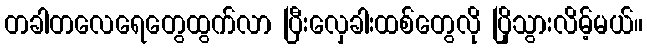
တခါတလေရေတွေထွက်လာ ပြီးလှေခါးထစ်တွေလို ပြိုသွားလိမ့်မယ်။